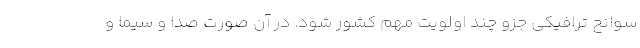
سوانح ترافیکی جزو چند اولویت مهم کشور شود. در آن صورت صدا و سیما و